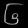
Digit: ၆